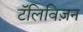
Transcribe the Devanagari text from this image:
टॅलिविज़न